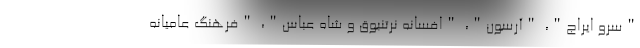
"سرو ایراج"، "آرسون"، "افسانه نرتنبوق و شاه عباس"، "فرهنگ عامیانه